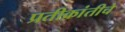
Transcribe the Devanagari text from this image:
प्रतीक्रांतीचे